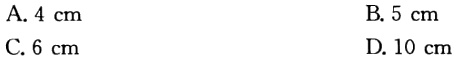
A. \(4\mathrm{cm}\)
B. \(5\mathrm{cm}\)
C. \(6\mathrm{cm}\)
D. \(10\mathrm{cm}\)